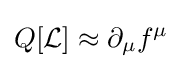
Q[{\mathcal {L}}]\approx \partial _{\mu }f^{\mu }